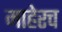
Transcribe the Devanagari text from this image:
माहेरच